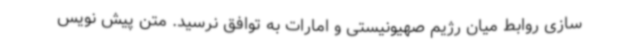
سازی روابط میان رژیم صهیونیستی و امارات به توافق نرسید. متن پیش نویس